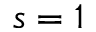
s = 1